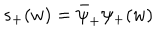
s _ { + } ( w ) = \bar { \psi } _ { + } \psi _ { + } ( w )